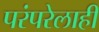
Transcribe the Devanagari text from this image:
परंपरेलाही